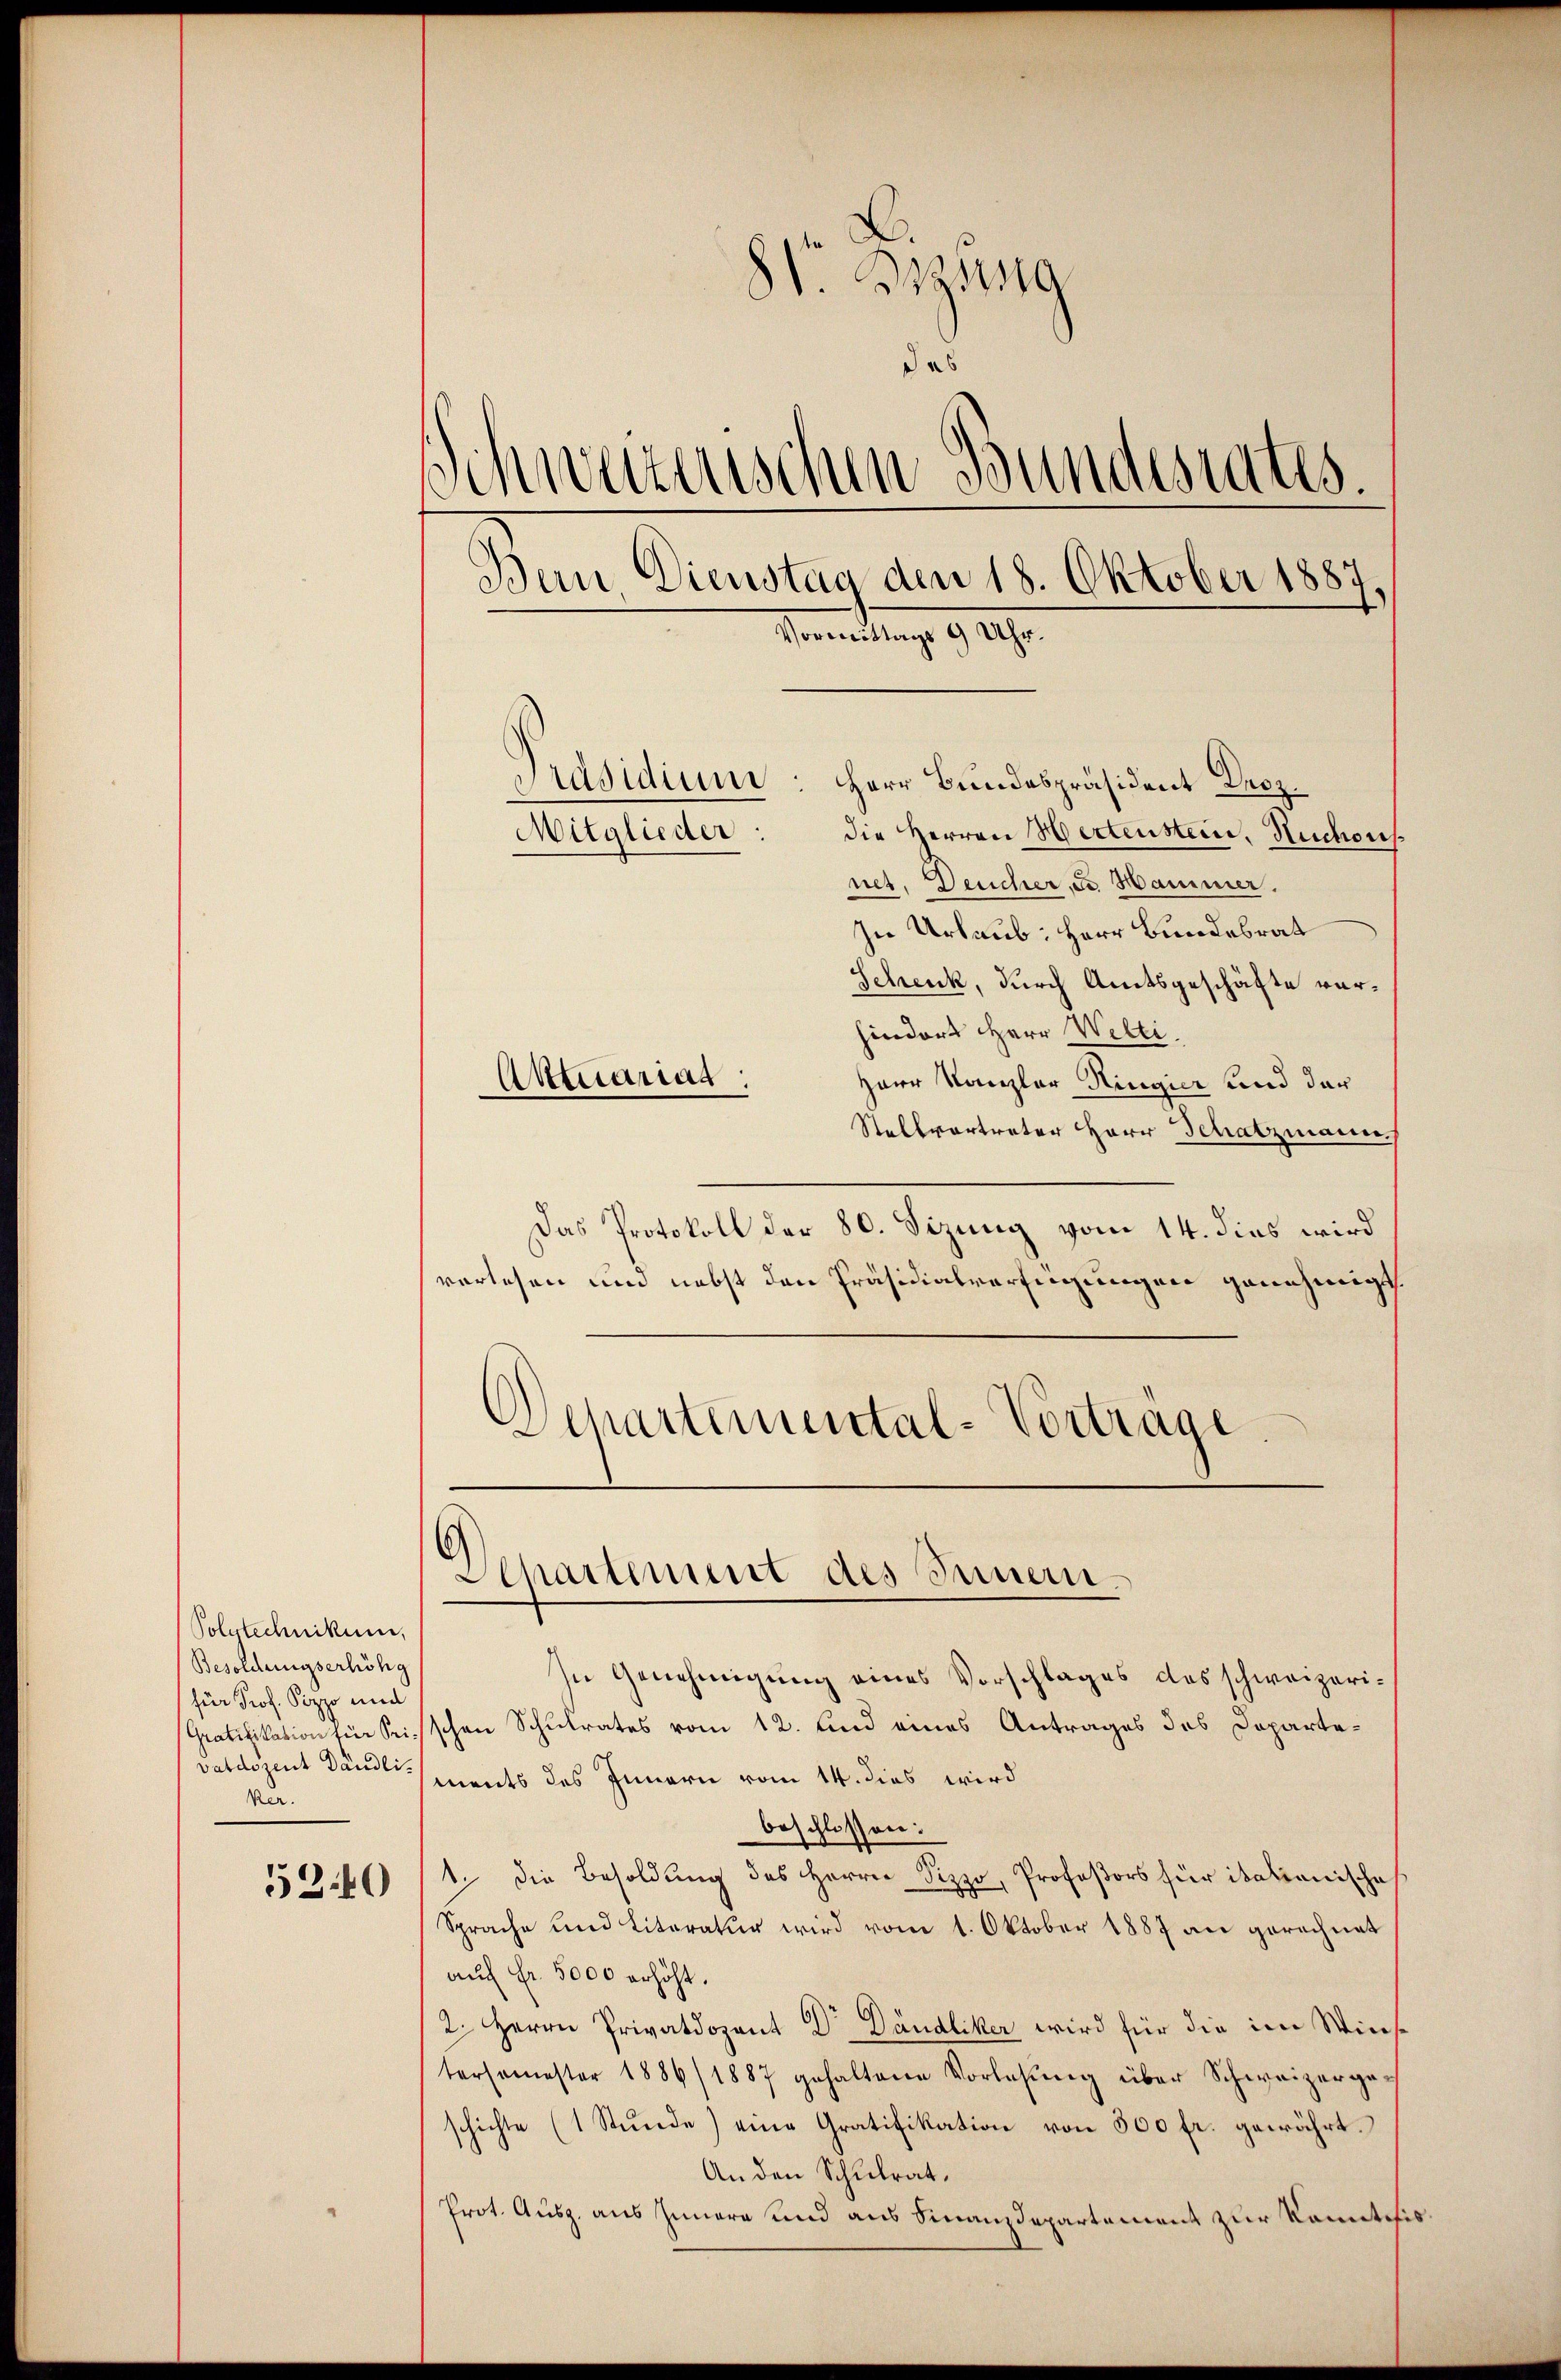
52.40

Polytechnikum,
Besoldungserhöhg
für Prof. Pizzo und
ker.

Präsidium: Herr Bundespräsident Droz.
die Herren Hertenstein, Ruchousnet. Deucher, u. Hammer.
In Urlaub: Herr Bundesrat
Schenk, durch Amtsgeschäfte vorhindert HHerr Welti.
Akttuariag
Herr Kanzler Ringier und der
Stellvertreter Herr Schatzmann.
Das Protokoll der 80. Sizung vom 14. dies wird
verlesen und nebst den Präsidialverfügungen genehmigt.
Departemental-Vorträge.

.

81. Begang
das
Schweizenschen Bundesrates.
Bern Dienstag den 18. Oktober 1887,
Vormittags 9 Uhr.

Mitglieder:

Departement des Innen¬

In Genehmigung eines Vorschlages des schweizeri¬
Gratifikation für Reisschen Schulrates vom 12. und eines Antrages des Departevatdozent Dans le ments das Innern vom 14. dies wird
beschlossen:
1. die Besoldung des Herrn Sizzo, Profeßors für itationische
Sprache und Literatur wird vom 1. Oktober 1887 an gerechnet
auf Fr. 5000 erhöht.
2. Herrn Privatdozent Dr Dändliker wird für die im Winstersemester 1886/1887 gehaltene Vorlesung über Schweizergeschichte (1 Stunde) eine Gratifikation von 500 fr. gewährt.
An den Schulrat.
Prot. Ausz. aus Innern und aus Finanzdepartement zur kanntesis¬